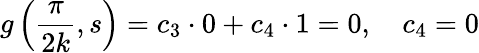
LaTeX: g\left({\frac{\pi}{2k}},s\right)=c_{3}\cdot 0+c_{4}\cdot 1=0,\quad c_{4}=0